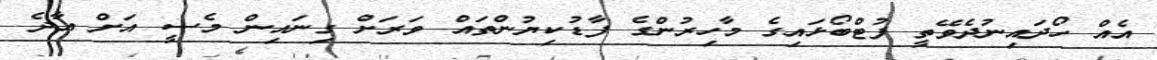
އެއް ހޯދައިނުދެވޭތީ ފުޓްބޯޅައިގެ މާހިރުންގެ ފާޑުކިޔުންތައް ވަރަށް ގިނައިން މެސީ އަށް އާދެ